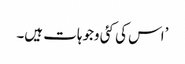
’اس کی کئی وجوہات ہیں۔